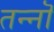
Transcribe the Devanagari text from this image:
तन्नॊ